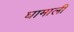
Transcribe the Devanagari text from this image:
घामाली